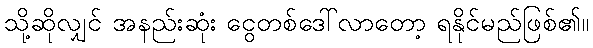
သို့ဆိုလျှင် အနည်းဆုံး ငွေတစ်ဒေါ်လာတော့ ရနိုင်မည်ဖြစ်၏။